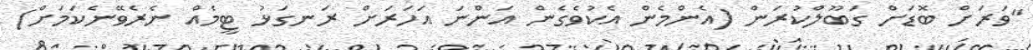
"ވަރަށް ބޮޑަށް ގަބޫލްކުރަން (އެންމެން އެކުވެގެން އަންނަ އަހަރަށް ރަނގަޅު ޓީމެއް ނެރެވޭނެކަމަށް)